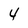
Character: 4